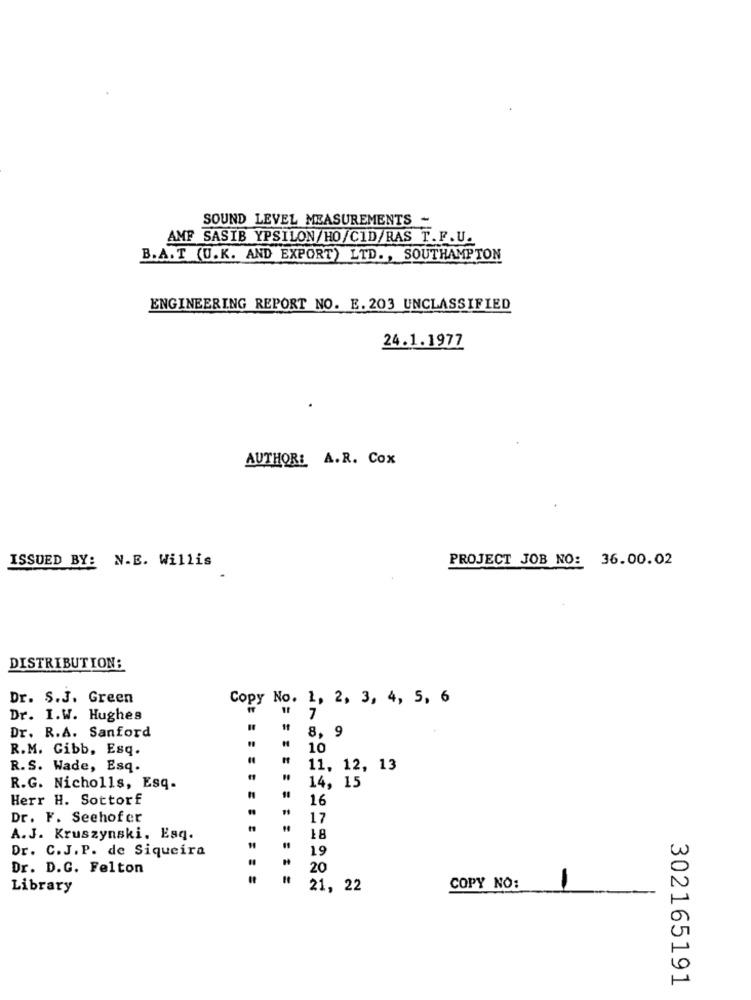
SOUND LEVEL MEASUREMENTS -
AMF SASIB YPSILON/HO/CID/RAS T.F.U.
B.A.T (U.K. AND EXPORT) LTD ., SOUTHAMPTON
ENGINEERING REPORT NO. E. 203 UNCLASSIFIED
24.1.1977
AUTHOR: A.R. Cox
PROJECT JOB NO: 36.00.02
ISSUED BY: N.E. Willis
DISTRIBUTION;
Dr. S.J. Green
Copy No. 1, 2, 3, 4, 5, 6
Dr. I.W. Hughes
7
Dr. R.A. Sanford
8,
R.M. Gibb, Esq.
10
R.S. Wade, Esq.
11, 12, 13
R.G. Nicholls, Esq.
14, 15
Herr H. Sottorf
10
16
Dr. F. Seehofer
17
A.J. Kruszynski, Esq.
18
Dr. C.J.P. de Siqueira
19
Dr. D.G. Felton
20
Library
21, 22
COPY NO:
302165191